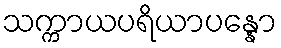
သက္ကာယပရိယာပန္နော